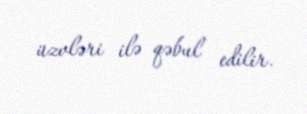
üzvləri ilə qəbul edilir.